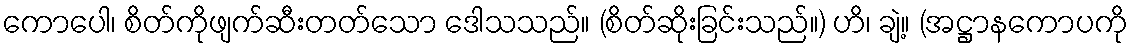
ကောပေါ၊ စိတ်ကိုဖျက်ဆီးတတ်သော ဒေါသသည်။ (စိတ်ဆိုးခြင်းသည်။) ဟိ၊ ချဲ့။ (အဋ္ဌာနကောပကို